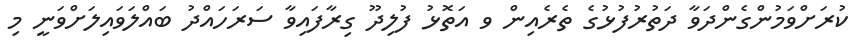
ކުރަށްވަމުންގެންދަވާ ދަތުރުފުޅުގެ ތެރެއިން ވ އަތޮޅު ފުލިދޫ ގިރާފައިވާ ސަރަހައްދު ބައްލަވައިލަށްވަނީ މި